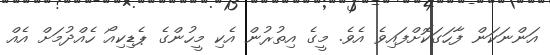
އަންނަކަން ފާހަގަކޮށްފައިވެ އެވެ. މީގެ އިތުރުން އެކި މީހުންގެ ޕެޑިކިއޯ ހެއްދުމަށް އެއް